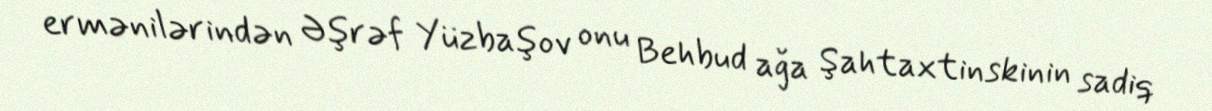
ermənilərindən Əşrəf Yüzbaşov onu Behbud ağa Şahtaxtinskinin sadiq